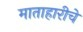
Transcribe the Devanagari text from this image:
माताहारीचे